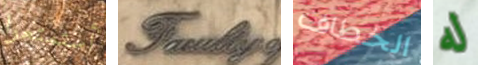
أستمتعوا Faculity الخطاف له